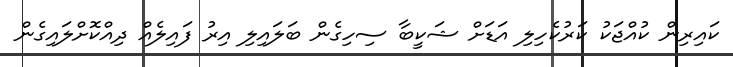
ކައިރިން ކުއްޖަކު ކަރުކެހިލި އަޑަށް ޝަކީބާ ސިހިގެން ބަލައިލި އިރު ފައިލެއް ދިއްކޮށްލައިގެން